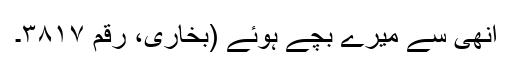
انھی سے میرے بچے ہوئے (بخاری، رقم ۳۸۱۷۔